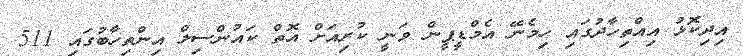
އިދިކޮޅު އިއްތިހާދުގައި ހިމެނޭ އެމްޑީޕީން ވަނީ ކުރިއަށް އޮތް ކައުންސިލް އިންތިހާބުގައި 511